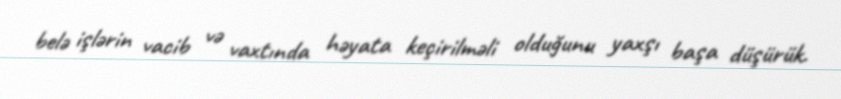
belə işlərin vacib və vaxtında həyata keçirilməli olduğunu yaxşı başa düşürük.